Annual statistical returns and brief notes on vaccination in Bengal - 1887-1898
Year: 1887
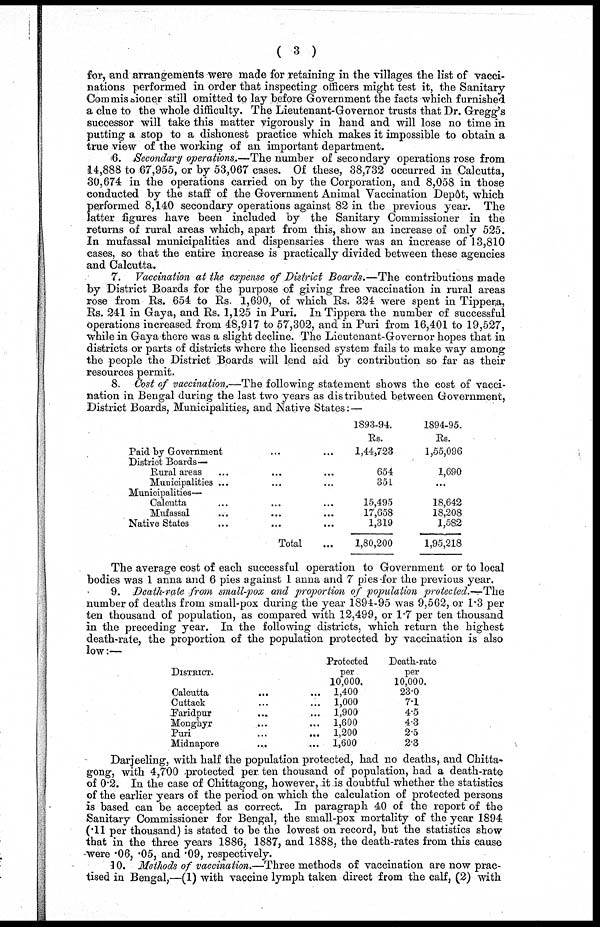
( 3 )
for, and arrangements were made for retaining in the villages the list of vacci-
nations performed in order that inspecting officers might test it, the Sanitary-
Commissioner still omitted to lay before Government the facts which furnished
a clue to the whole difficulty. The Lieutenant-Governor trusts that Dr. Gregg's
successor will take this matter vigorously in hand and will lose no time in
putting a stop to a dishonest practice which makes it impossible to obtain a
true view of the working of an important department.
6. Secondary operations.—The number of secondary operations rose from
14,888 to 67,955, or by 53,067 cases. Of these, 38,732 occurred in Calcutta,
30,674 in the operations carried on by the Corporation, and 8,058 in those
conducted by the staff of the Government Animal Vaccination Depôt, which
performed 8,140 secondary operations against 82 in the previous year. The
latter figures have been included by the Sanitary Commissioner in the
returns of rural areas which, apart from this, show an increase of only 525.
In mufassal municipalities and dispensaries there was an increase of 13,810
cases, so that the entire increase is practically divided between these agencies
and Calcutta.
7. Vaccination at the expense of District Boards.—The contributions made
by District Boards for the purpose of giving free vaccination in rural areas
rose from Rs. 654 to Rs. 1,690, of which Rs. 324 were spent in Tippera,
Rs. 241 in Gaya, and Rs. 1,125 in Puri. In Tippera the number of successful
operations increased from 48,917 to 57,302, and in Puri from 16,401 to 19,527,
while in Gaya there was a slight decline. The Lieutenant-Governor hopes that in
districts or parts of districts where the licensed system fails to make way among
the people the District Boards will lend aid by contribution so far as their
resources permit.
8. Cost of vaccination.—The following statement shows the cost of vacci-
nation in Bengal during the last two years as distributed between Government,
District Boards, Municipalities, and Native States:—
Paid by Government ... ...
District Boards—
Rural areas
...
... ...
Municipalities ... ... ...
Municipalities—
Calcutta ... ... ...
Mufassal
... ... ...
Native States ... ... ...
Total ...
1893-94.
Rs.
1,44,723
654
351
15,495
17,658
1,319
1,80,200
1894-95.
Rs.
1,55,096
1,690
...
18,642
18,208
1,582
1,95,218
The average cost of each successful operation to Government or to local
bodies was 1 anna and 6 pies against 1 anna and 7 pies for the previous year.
9. Death-rate from small-pox and proportion of population protected.—The
number of deaths from small-pox during the year 1894-95 was 9,562, or 1.3 per
ten thousand of population, as compared with 12,499, or 1.7 per ten thousand
in the preceding year. In the following districts, which return the highest
death-rate, the proportion of the population protected by vaccination is also
low:—
DISTRICT.
Calcutta ... ...
Cuttack ... ...
Faridpur ... ...
Monghyr ... ...
Puri
...
...
Midnapore ... ...
Protected
per
10,000.
1,400
1,000
1,900
1,600
1,200
1,600
Death-rate
per
10,000.
23.0
7.1
4.5
4.3
2.5
2.3
Darjeeling, with half the population protected, had no deaths, and Chitta¬
gong, with 4,700 protected per ten thousand of population, had a death-rate
of 0.2. In the case of Chittagong, however, it is doubtful whether the statistics
of the earlier years of the period on which the calculation of protected persons
is based can be accepted as correct. In paragraph 40 of the report of the
Sanitary Commissioner for Bengal, the small-pox mortality of the year 1894
(.11 per thousand) is stated to be the lowest on record, but the statistics show
that in the three years 1886, 1887, and 1888, the death-rates from this cause
were .06, .05, and .09, respectively.
10. Methods of vaccination.—Three methods of vaccination are now prac-
tised in Bengal,—(1) with vaccine lymph taken direct from the calf, (2) with